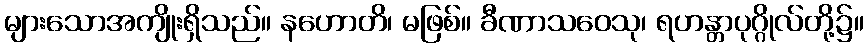
များသောအကျိုးရှိသည်။ နဟောတိ၊ မဖြစ်။ ခီဏာသဝေသု၊ ရဟန္တာပုဂ္ဂိုလ်တို့၌။